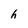
Character: h